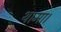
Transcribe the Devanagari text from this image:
थामा।